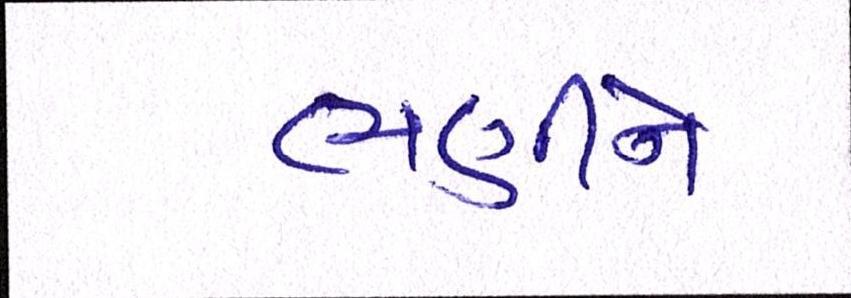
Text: ભણીને